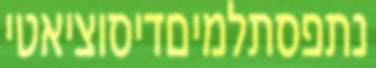
נתפסתלמיםדיסוציאטי